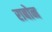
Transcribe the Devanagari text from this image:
राबोन